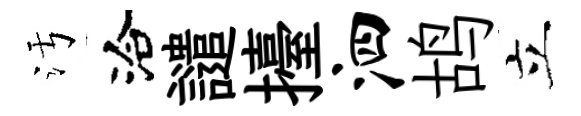
污洽譴擡泗鸪立